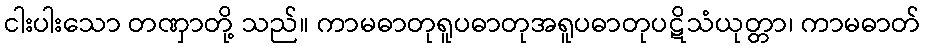
ငါးပါးသော တဏှာတို့ သည်။ ကာမဓာတုရူပဓာတုအရူပဓာတုပဋိသံယုတ္တာ၊ ကာမဓာတ်